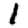
Digit: 1